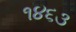
૧૪૬૩